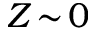
Z \! \sim \! 0